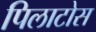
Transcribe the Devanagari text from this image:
पिलाटोस